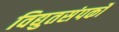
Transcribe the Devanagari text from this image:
विद्युतसंपर्कों